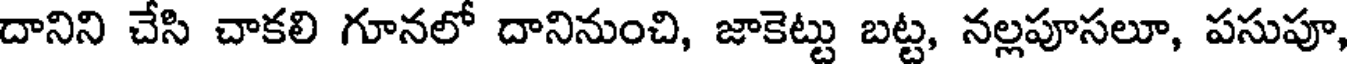
దానిని చేసి చాకలి గూనలో దానినుంచి, జాకెట్టు బట్ట, నల్లపూసలూ, పసుపూ,